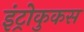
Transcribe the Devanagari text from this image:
इंट्रोकुकस